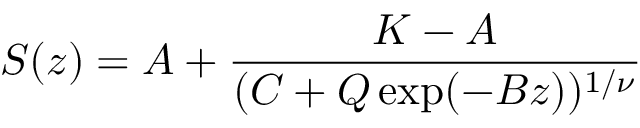
S ( z ) = A + \frac { K - A } { ( C + Q \exp ( - B z ) ) ^ { 1 / \nu } }